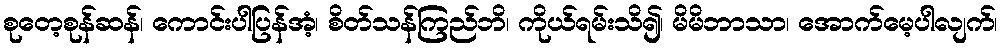
စုတေ့စုန်ဆန်၊ ကောင်းပါပြန်အံ့၊ စိတ်သန်ကြည်ဘိ၊ ကိုယ်ရမ်းသိ၍၊ မိမိဘာသာ၊ အောက်မေ့ပါလျက်၊